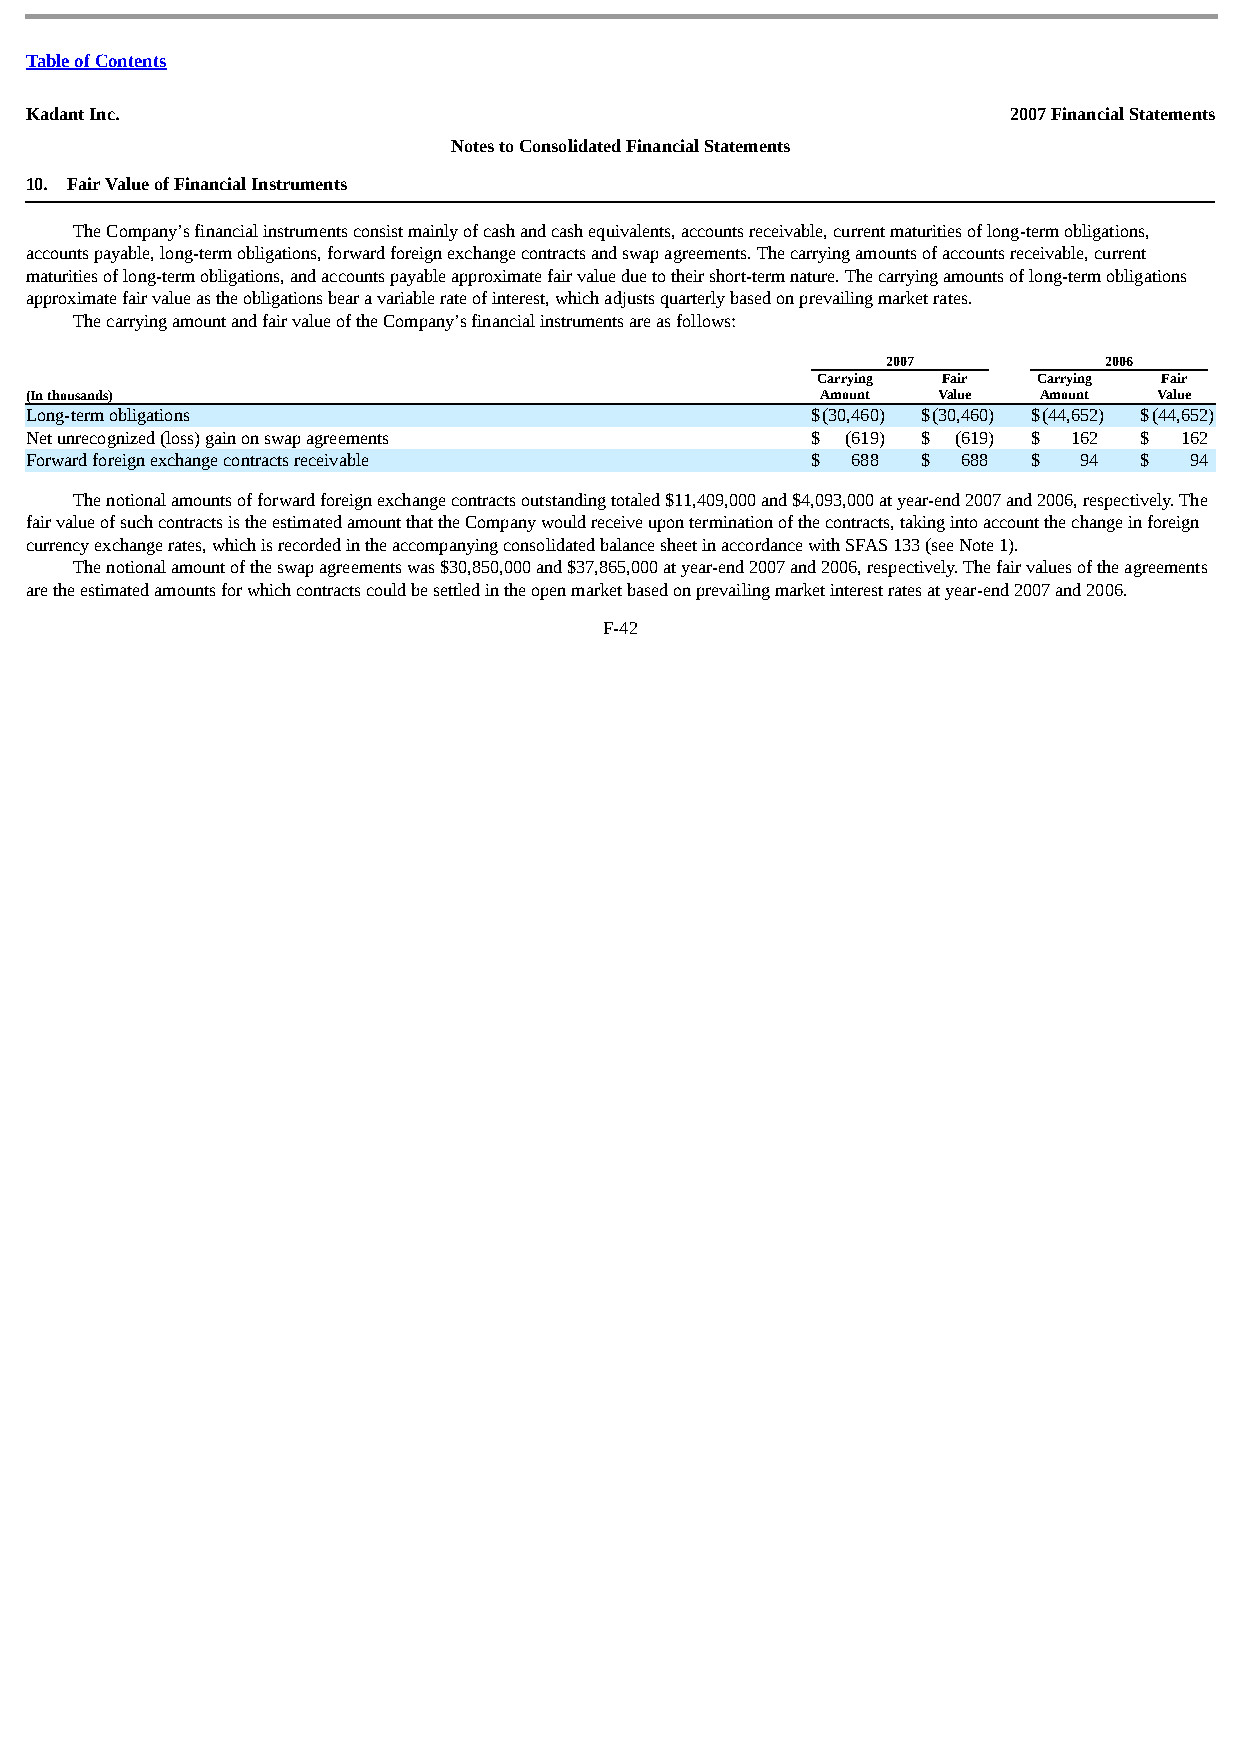
Table of Contents
 Kadant Inc.                                                      2007 Financial Statements
 Notes to Consolidated Financial Statements
 10. Fair Value of Financial Instruments
 The Company’s financial instruments consist mainly of cash and cash equivalents, accounts receivable, current maturities of long-term obligations,
 accounts payable, long-term obligations, forward foreign exchange contracts and swap agreements. The carrying amounts of accounts receivable, current
 maturities of long-term obligations, and accounts payable approximate fair value due to their short-term nature. The carrying amounts of long-term obligations
 approximate fair value as the obligations bear a variable rate of interest, which adjusts quarterly based on prevailing market rates.
 The carrying amount and fair value of the Company’s financial instruments are as follows:
 2007          2006
 Carrying Fair  Carrying Fair
 (In thousands)                                      Amount  Value  Amount  Value
 Long-term obligations                               $(30,460) $(30,460) $(44,652) $(44,652)
 Net unrecognized (loss) gain on swap agreements     $ (619) $ (619) $ 162 $ 162
 Forward foreign exchange contracts receivable       $ 688  $  688 $  94  $   94
 The notional amounts of forward foreign exchange contracts outstanding totaled $11,409,000 and $4,093,000 at year-end 2007 and 2006, respectively. The
 fair value of such contracts is the estimated amount that the Company would receive upon termination of the contracts, taking into account the change in foreign
 currency exchange rates, which is recorded in the accompanying consolidated balance sheet in accordance with SFAS 133 (see Note 1).
 The notional amount of the swap agreements was $30,850,000 and $37,865,000 at year-end 2007 and 2006, respectively. The fair values of the agreements
 are the estimated amounts for which contracts could be settled in the open market based on prevailing market interest rates at year-end 2007 and 2006.
 F-42